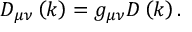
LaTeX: D _ { \mu \nu } \left( k \right) = g _ { \mu \nu } D \left( k \right) .